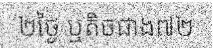
២ថ្ងៃ ឬតិចជាង៧២